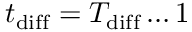
t _ { \mathrm { d i f f } } = T _ { \mathrm { d i f f } } \dots 1